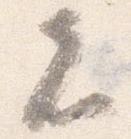
者